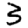
Digit: 3